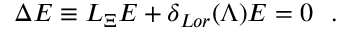
\Delta E \equiv { \cal L } _ { \Xi } E + \delta _ { L o r } ( \Lambda ) E = 0 \ \ .